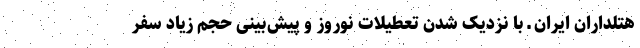
هتلداران ایران ـ با نزدیک شدن تعطیلات نوروز و پیش‌بینی حجم زیاد سفر